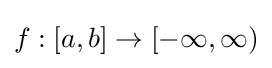
f:[a,b]\to [-\infty ,\infty )